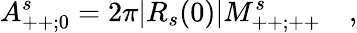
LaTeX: A_{++;0}^{s}=2\pi|R_{s}(0)|M_{++;++}^{s}\quad,